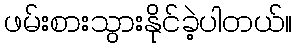
ဖမ်းစားသွားနိုင်ခဲ့ပါတယ်။